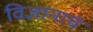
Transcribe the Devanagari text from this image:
विज्ञानाचं